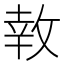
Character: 𪯎